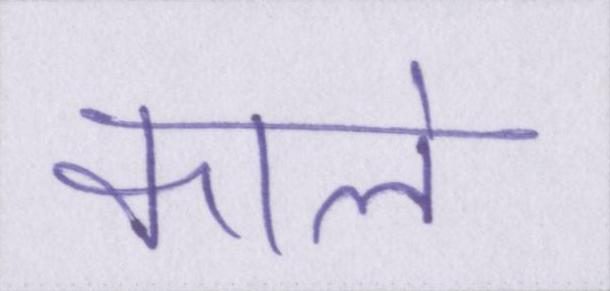
काले